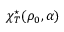
\chi _ { T } ^ { \star } ( \rho _ { 0 } , \alpha )